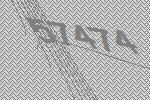
57474